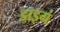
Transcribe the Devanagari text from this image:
डाइगं